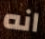
انه